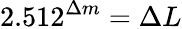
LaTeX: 2.512^{\Delta{m}}=\Delta{L}